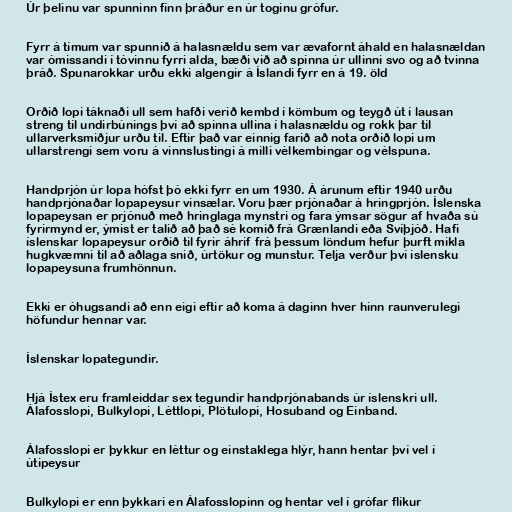
Úr þelinu var spunninn fínn þráður en úr toginu grófur.

Fyrr á tímum var spunnið á halasnældu sem var ævafornt áhald en halasnældan
var ómissandi í tóvinnu fyrri alda, bæði við að spinna úr ullinni svo og að tvinna
þráð. Spunarokkar urðu ekki algengir á Íslandi fyrr en á 19. öld

Orðið lopi táknaði ull sem hafði verið kembd í kömbum og teygð út í lausan
streng til undirbúnings því að spinna ullina í halasnældu og rokk þar til
ullarverksmiðjur urðu til. Eftir það var einnig farið að nota orðið lopi um
ullarstrengi sem voru á vinnslustingi á milli vélkembingar og vélspuna.

Handprjón úr lopa hófst þó ekki fyrr en um 1930. Á árunum eftir 1940 urðu
handprjónaðar lopapeysur vinsælar. Voru þær prjónaðar á hringprjón. Íslenska
lopapeysan er prjónuð með hringlaga mynstri og fara ýmsar sögur af hvaða sú
fyrirmynd er, ýmist er talið að það sé komið frá Grænlandi eða Svíþjóð. Hafi
íslenskar lopapeysur orðið til fyrir áhrif frá þessum löndum hefur þurft mikla
hugkvæmni til að aðlaga snið, úrtökur og munstur. Telja verður því íslensku
lopapeysuna frumhönnun.

Ekki er óhugsandi að enn eigi eftir að koma á daginn hver hinn raunverulegi
höfundur hennar var.

Íslenskar lopategundir.

Hjá Ístex eru framleiddar sex tegundir handprjónabands úr íslenskri ull.
Álafosslopi, Bulkylopi, Léttlopi, Plötulopi, Hosuband og Einband.

Álafosslopi er þykkur en léttur og einstaklega hlýr, hann hentar því vel í
útipeysur

Bulkylopi er enn þykkari en Álafosslopinn og hentar vel í grófar flíkur